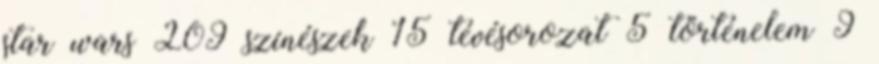
star wars 209 színészek 15 tévésorozat 5 történelem 9